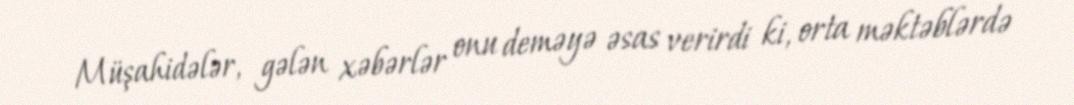
Müşahidələr, gələn xəbərlər onu deməyə əsas verirdi ki, orta məktəblərdə